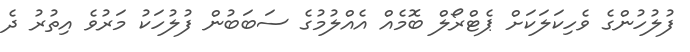
ފުލުހުންގެ ވެހިކަލަކަށް ޕެޓްރޯލް ބޮމެއް އެއްލުމުގެ ސަބަބުން ފުލުހަކު މަރުވެ އިތުރު ދެ